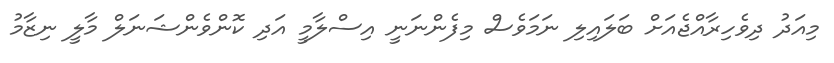
މިއަދު ދިވެހިރާއްޖެއަށް ބަލައިލި ނަމަވެސް މިފެންނަނީ އިސްލާމީ އަދި ކޮންވެންޝަނަލް މާލީ ނިޒާމު